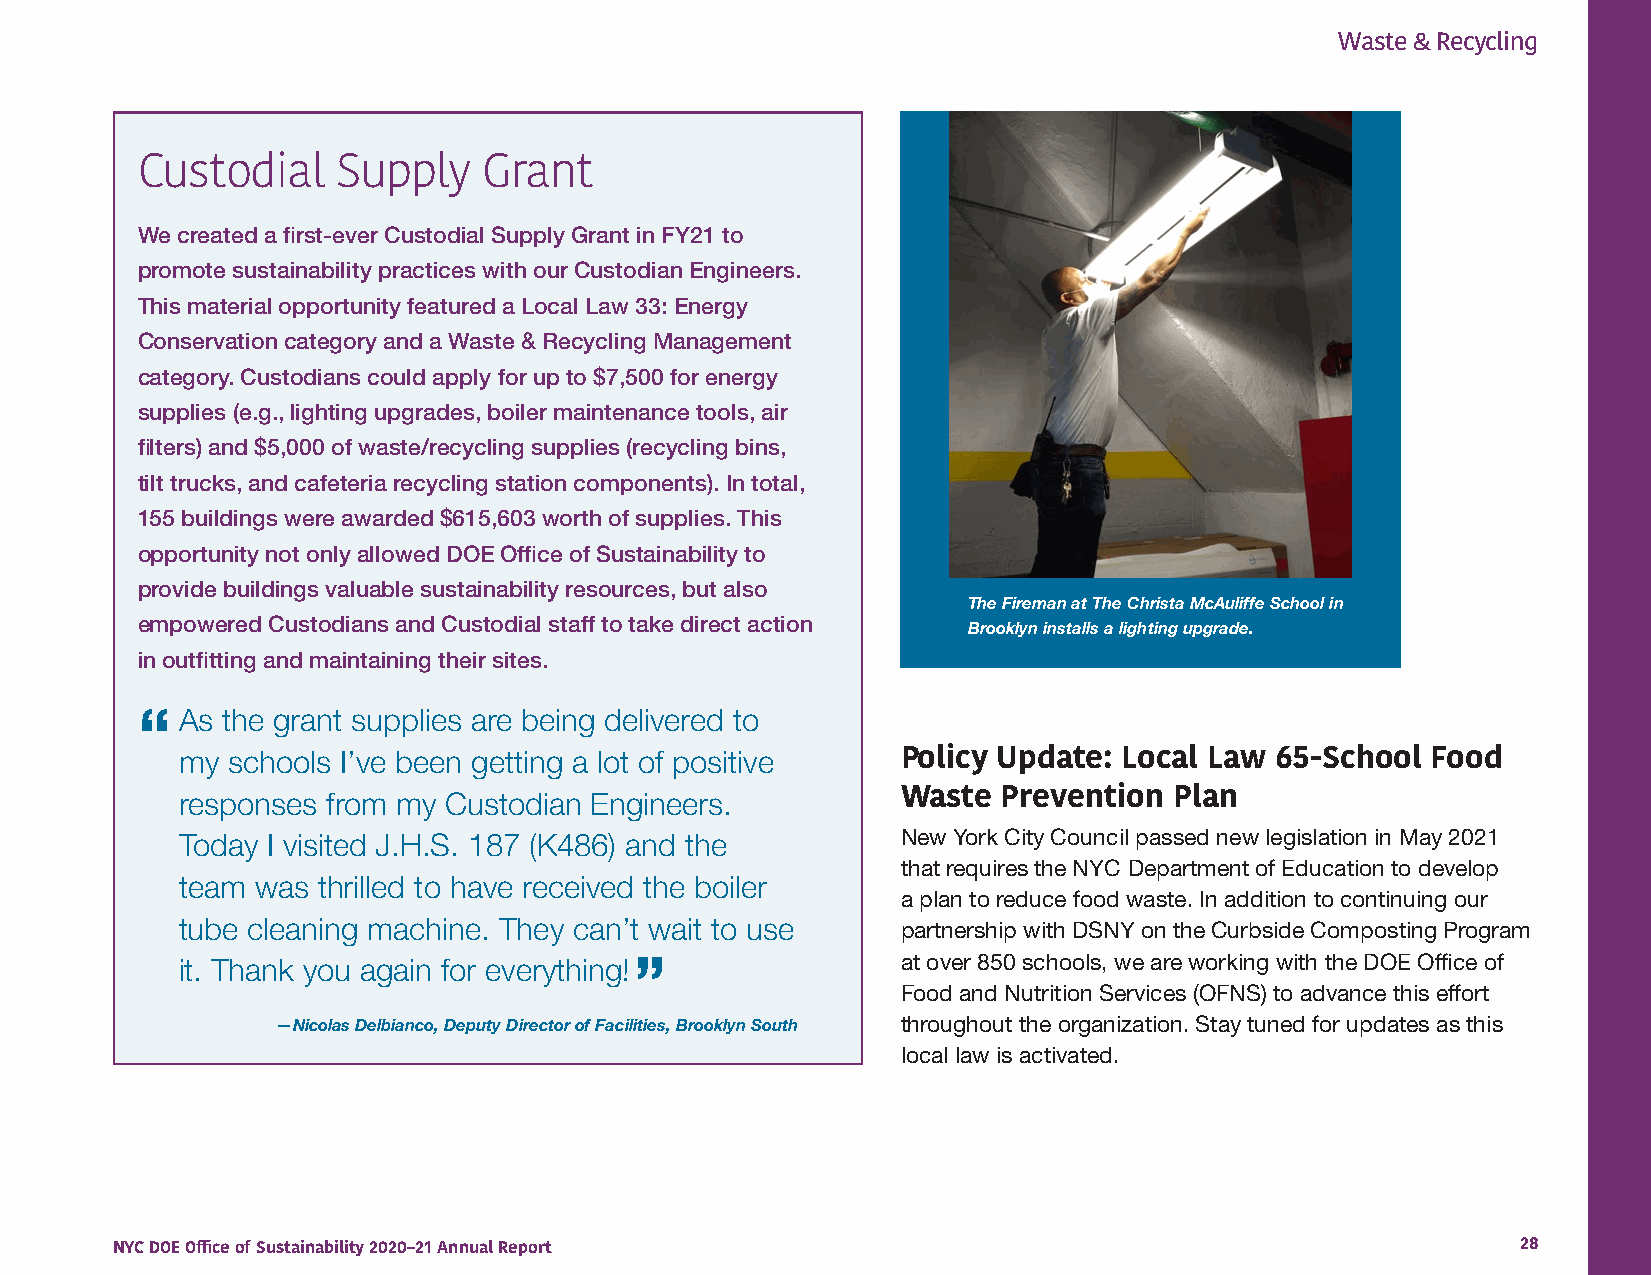
Waste & Recycling
 Custodial    Supply    Grant
 We created a first-ever Custodial Supply Grant in FY21 to
 promote sustainability practices with our Custodian Engineers.
 This material opportunity featured a Local Law 33: Energy
 Conservation category and a Waste & Recycling Management
 category. Custodians could apply for up to $7,500 for energy
 supplies (e.g., lighting upgrades, boiler maintenance tools, air
 filters) and $5,000 of waste/recycling supplies (recycling bins,
 tilt trucks, and cafeteria recycling station components). In total,
 155 buildings were awarded $615,603 worth of supplies. This
 opportunity not only allowed DOE Office of Sustainability to
 provide buildings valuable sustainability resources, but also
 The Fireman at The Christa McAuliffe School in
 empowered Custodians and Custodial staff to take direct action
 Brooklyn installs a lighting upgrade.
 in outfitting and maintaining their sites.
 “  As the grant supplies are being delivered to
 my schools I’ve been getting a lot of positive  Policy Update: Local Law 65-School Food
 responses from my Custodian Engineers.          Waste Prevention  Plan
 Today I visited J.H.S. 187 (K486) and the       New York City Council passed new legislation in May 2021
 that requires the NYC Department of Education to develop
 team was thrilled to have received the boiler
 a plan to reduce food waste. In addition to continuing our
 tube cleaning machine. They can’t wait to use   partnership with DSNY on the Curbside Composting Program
 it. Thank you again for everything! ”           at over 850 schools, we are working with the DOE Office of
 Food and Nutrition Services (OFNS) to advance this effort
 —Nicolas Delbianco, Deputy Director of Facilities, Brooklyn South throughout the organization. Stay tuned for updates as this
 local law is activated.
 NYC DOE Office of Sustainability 2020–21 Annual Report                                        28